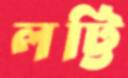
লট্টি